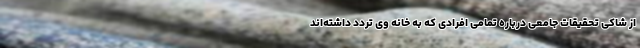
از شاکی تحقیقات جامعی درباره تمامی افرادی که به خانه وی تردد داشته‌اند